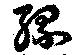
縲